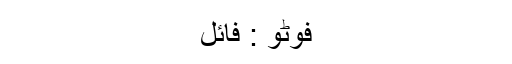
فوٹو : فائل